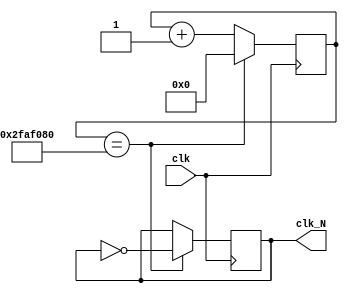
module Divider #(
    parameter N = 5000_0000
)(
    input clk, 
    output reg clk_N
);
    reg [31:0]      counter;

    initial begin
        counter <= 32'h0;
        clk_N <= 1'b0;
    end

    always @(posedge clk)  begin
        if(counter == N) begin
            clk_N <= ~clk_N;
            counter <= 32'h0;
        end
        else counter <= counter + 1;
    end
endmodule